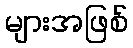
များအဖြစ်